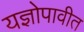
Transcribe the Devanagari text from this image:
यज्ञोपावीत